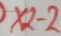
Text: X2-2